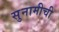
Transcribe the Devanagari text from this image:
सुनामीची